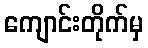
ကျောင်းတိုက်မှ